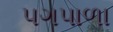
પગપાળા